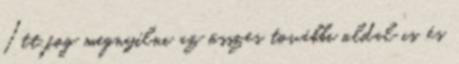
Itt fog megnyílni az összes további oldal is. és